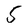
Character: 5